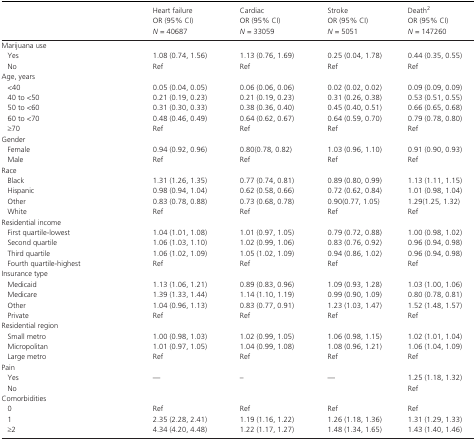
<table><thead><tr><td></td><td><b>Heart failureOR (95% CI)<i>N</i> = 40687</b></td><td><b>CardiacOR (95% CI)<i>N</i> = 33059</b></td><td><b>StrokeOR (95% CI)<i>N</i> = 5051</b></td><td><b>DeathbOR (95% CI)<i>N</i> = 147260</b></td></tr></thead><tbody><tr><td colspan="5">Marijuana use</td></tr><tr><td>Yes</td><td>1.08 (0.74, 1.56)</td><td>1.13 (0.76, 1.69)</td><td>0.25 (0.04, 1.78)</td><td>0.44 (0.35, 0.55)</td></tr><tr><td>No</td><td>Ref</td><td>Ref</td><td>Ref</td><td>Ref</td></tr><tr><td colspan="5">Age, years</td></tr><tr><td>&lt;40</td><td>0.05 (0.04, 0.05)</td><td>0.06 (0.06, 0.06)</td><td>0.02 (0.02, 0.02)</td><td>0.09 (0.09, 0.09)</td></tr><tr><td>40 to &lt;50</td><td>0.21 (0.19, 0.23)</td><td>0.21 (0.19, 0.23)</td><td>0.31 (0.26, 0.38)</td><td>0.53 (0.51, 0.55)</td></tr><tr><td>50 to &lt;60</td><td>0.31 (0.30, 0.33)</td><td>0.38 (0.36, 0.40)</td><td>0.45 (0.40, 0.51)</td><td>0.66 (0.65, 0.68)</td></tr><tr><td>60 to &lt;70</td><td>0.48 (0.46, 0.49)</td><td>0.64 (0.62, 0.67)</td><td>0.64 (0.59, 0.70)</td><td>0.79 (0.78, 0.80)</td></tr><tr><td>≥70</td><td>Ref</td><td>Ref</td><td>Ref</td><td>Ref</td></tr><tr><td colspan="5">Gender</td></tr><tr><td>Female</td><td>0.94 (0.92, 0.96)</td><td>0.80(0.78, 0.82)</td><td>1.03 (0.96, 1.10)</td><td>0.91 (0.90, 0.93)</td></tr><tr><td>Male</td><td>Ref</td><td>Ref</td><td>Ref</td><td>Ref</td></tr><tr><td colspan="5">Race</td></tr><tr><td>Black</td><td>1.31 (1.26, 1.35)</td><td>0.77 (0.74, 0.81)</td><td>0.89 (0.80, 0.99)</td><td>1.13 (1.11, 1.15)</td></tr><tr><td>Hispanic</td><td>0.98 (0.94, 1.04)</td><td>0.62 (0.58, 0.66)</td><td>0.72 (0.62, 0.84)</td><td>1.01 (0.98, 1.04)</td></tr><tr><td>Other</td><td>0.83 (0.78, 0.88)</td><td>0.73 (0.68, 0.78)</td><td>0.90(0.77, 1.05)</td><td>1.29(1.25, 1.32)</td></tr><tr><td>White</td><td>Ref</td><td>Ref</td><td>Ref</td><td>Ref</td></tr><tr><td colspan="5">Residential income</td></tr><tr><td>First quartile‐lowest</td><td>1.04 (1.01, 1.08)</td><td>1.01 (0.97, 1.05)</td><td>0.79 (0.72, 0.88)</td><td>1.00 (0.98, 1.02)</td></tr><tr><td>Second quartile</td><td>1.06 (1.03, 1.10)</td><td>1.02 (0.99, 1.06)</td><td>0.83 (0.76, 0.92)</td><td>0.96 (0.94, 0.98)</td></tr><tr><td>Third quartile</td><td>1.06 (1.02, 1.09)</td><td>1.05 (1.02, 1.09)</td><td>0.94 (0.86, 1.02)</td><td>0.96 (0.94, 0.98)</td></tr><tr><td>Fourth quartile‐highest</td><td>Ref</td><td>Ref</td><td>Ref</td><td>Ref</td></tr><tr><td colspan="5">Insurance type</td></tr><tr><td>Medicaid</td><td>1.13 (1.06, 1.21)</td><td>0.89 (0.83, 0.96)</td><td>1.09 (0.93, 1.28)</td><td>1.03 (1.00, 1.06)</td></tr><tr><td>Medicare</td><td>1.39 (1.33, 1.44)</td><td>1.14 (1.10, 1.19)</td><td>0.99 (0.90, 1.09)</td><td>0.80 (0.78, 0.81)</td></tr><tr><td>Other</td><td>1.04 (0.96, 1.13)</td><td>0.83 (0.77, 0.91)</td><td>1.23 (1.03, 1.47)</td><td>1.52 (1.48, 1.57)</td></tr><tr><td>Private</td><td>Ref</td><td>Ref</td><td>Ref</td><td>Ref</td></tr><tr><td colspan="5">Residential region</td></tr><tr><td>Small metro</td><td>1.00 (0.98, 1.03)</td><td>1.02 (0.99, 1.05)</td><td>1.06 (0.98, 1.15)</td><td>1.02 (1.01, 1.04)</td></tr><tr><td>Micropolitan</td><td>1.01 (0.97, 1.05)</td><td>1.04 (0.99, 1.08)</td><td>1.08 (0.96, 1.21)</td><td>1.06 (1.04, 1.09)</td></tr><tr><td>Large metro</td><td>Ref</td><td>Ref</td><td>Ref</td><td>Ref</td></tr><tr><td colspan="5">Pain</td></tr><tr><td>Yes</td><td>—</td><td>–</td><td>—</td><td>1.25 (1.18, 1.32)</td></tr><tr><td>No</td><td></td><td></td><td></td><td>Ref</td></tr><tr><td colspan="5">Comorbidities</td></tr><tr><td>0</td><td>Ref</td><td>Ref</td><td>Ref</td><td>Ref</td></tr><tr><td>1</td><td>2.35 (2.28, 2.41)</td><td>1.19 (1.16, 1.22)</td><td>1.26 (1.18, 1.36)</td><td>1.31 (1.29, 1.33)</td></tr><tr><td>≥2</td><td>4.34 (4.20, 4.48)</td><td>1.22 (1.17, 1.27)</td><td>1.48 (1.34, 1.65)</td><td>1.43 (1.40, 1.46)</td></tr></tbody></table>